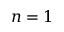
n = 1